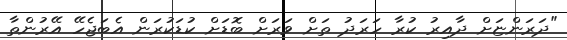
"ދަރަންޏަށް ދާއިރު ކުރާ ހަރަދު ތަށް ވަރަށް ބޮޑަށް ކުޑަކުރަން އެބަޖެހޭ އޭރުންތާ